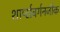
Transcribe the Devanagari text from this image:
शार्प्सबर्गनजीक